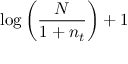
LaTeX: \log \left( { \frac { N } { 1 + n _ { t } } } \right) + 1